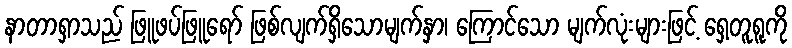
နာတာရှာသည် ဖြူဖပ်ဖြူရော် ဖြစ်လျက်ရှိသောမျက်နှာ၊ ကြောင်သော မျက်လုံးများဖြင့် ရှေ့တူရူကို